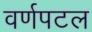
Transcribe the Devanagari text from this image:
वर्णपटल